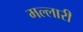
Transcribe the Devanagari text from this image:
मल्लारी